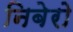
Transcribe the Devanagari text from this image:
निबेरो